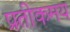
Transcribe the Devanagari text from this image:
प्रतीकमय